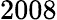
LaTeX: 2008